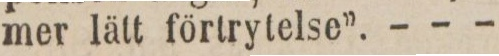
mer lätt förtrytelse”. - - -